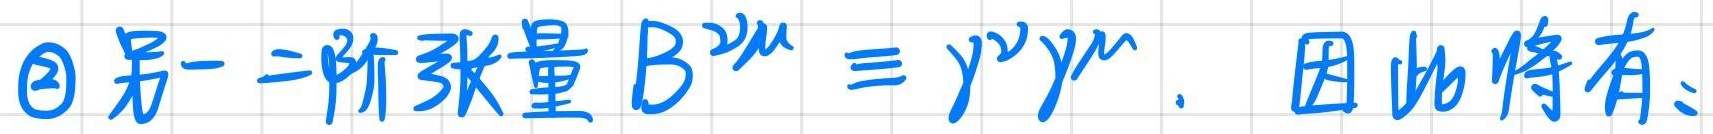
\textcircled{2}另一二阶张量$B^{\nu\mu} \equiv \gamma^{\nu}\gamma^{\mu}.$ 因此将有: